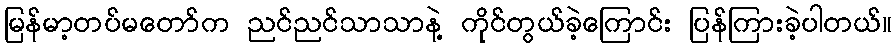
မြန်မာ့တပ်မတော်က ညင်ညင်သာသာနဲ့ ကိုင်တွယ်ခဲ့ကြောင်း ပြန်ကြားခဲ့ပါတယ်။